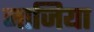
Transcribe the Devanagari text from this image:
नाजिया